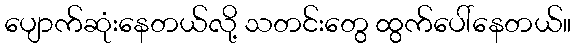
ပျောက်ဆုံးနေတယ်လို့ သတင်းတွေ ထွက်ပေါ်နေတယ်။